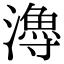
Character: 𤀯